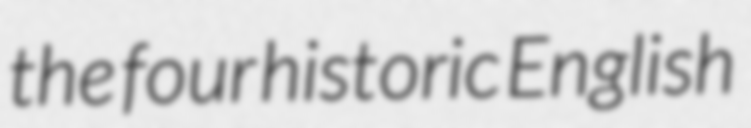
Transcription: the four historic English